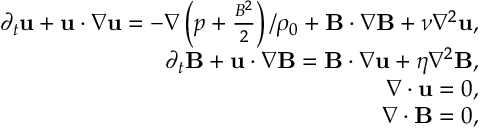
\begin{array} { r } { \partial _ { t } \mathbf { u } + \mathbf { u } \cdot \nabla \mathbf { u } = - \nabla \left( p + \frac { B ^ { 2 } } { 2 } \right) / \rho _ { 0 } + \mathbf { B } \cdot \nabla \mathbf { B } + \nu \nabla ^ { 2 } \mathbf { u } , } \\ { \partial _ { t } \mathbf { B } + \mathbf { u } \cdot \nabla \mathbf { B } = \mathbf { B } \cdot \nabla \mathbf { u } + \eta \nabla ^ { 2 } \mathbf { B } , } \\ { \nabla \cdot \mathbf { u } = 0 , } \\ { \nabla \cdot \mathbf { B } = 0 , } \end{array}